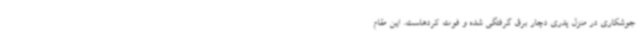
جوشکاری در منزل پدری دچار برق گرفتگی شده و فوت کردهاست. این مقام